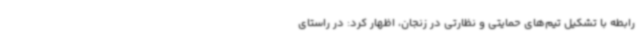
رابطه با تشکیل تیم‌های حمایتی و نظارتی در زنجان، اظهار کرد: در راستای